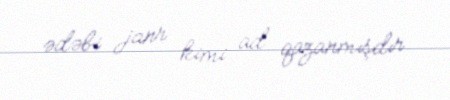
ədəbi janr kimi ad qazanmışdır.